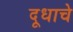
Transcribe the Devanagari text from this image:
दूधाचे